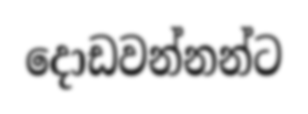
දොඩවන්නන්ට